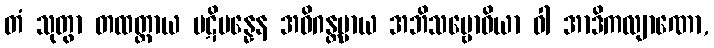
တံ သုတွာ တထတ္ထာယ ပဋိပန္နေန အဓိဂန္တဗ္ဗာယ အဘိသမ္ဗောဓိယာ ဝါ အာဒိကလျာဏော,